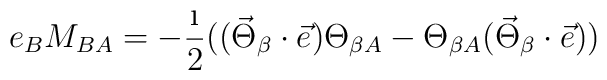
e_BM_{BA}=-\frac{\i}{2}\bigl((\vec{\Theta}_\beta\cdot\vec{e})\Theta_{\beta A}-\Theta_{\beta A}(\vec{\Theta}_\beta\cdot\vec{e})\bigr)\nonumber